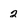
Character: 2